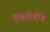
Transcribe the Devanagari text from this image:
वृक्षतोडीने